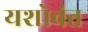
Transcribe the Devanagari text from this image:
यशोवंत